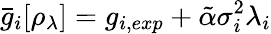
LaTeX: \bar{g}_{i}[\rho_{\lambda}]=g_{i,exp}+\tilde{\alpha}\sigma_{i}^{2}\lambda_{i}